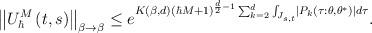
LaTeX: \begin{align*}\left\Vert U_{\hbar}^{M}\left( t,s\right) \right\Vert _{\beta\rightarrow\beta}\leq e^{K\left( \beta,d\right) \left( \hbar M+1\right) ^{\frac{d}{2}-1}\sum_{k=2}^{d}\int_{J_{s,t}}\left\vert P_{k}\left( \tau:\theta,\theta^{\ast}\right) \right\vert d\tau}. \end{align*}